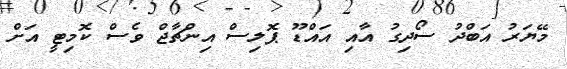
މޭޔަރު އަބްދު ސޯދިގު އާއި އައްޑޫ ޕޮލިސް އިންޗާޖް ވެސް ކޮމިޓީ އަށް